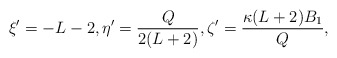
\begin{align*} \xi' = -L-2, \eta' = \frac{Q}{2(L+2)}, \zeta' = \frac{\kappa(L+2)B_1}{Q},\end{align*}